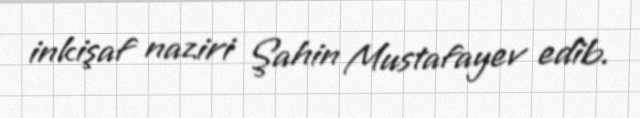
inkişaf naziri Şahin Mustafayev edib.